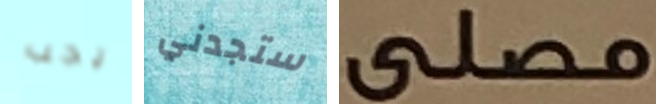
يجب ستجدني مصلى